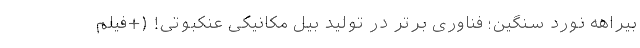
بیراهه نورد سنگین؛ فناوری برتر در تولید بیل مکانیکی عنکبوتی! (+فیلم